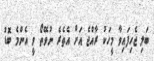
ބަލި ޖެހިފައިވާ މީހަކު ރާއްޖެ އަށް އެތެރެ ނުވޭތޯ ވީ އެންމެ ބޮޑު